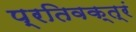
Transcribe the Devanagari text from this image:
प्रतिवक्त्रं